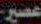
عصير